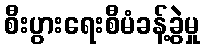
စီးပွားရေးစီမံခန့်ခွဲမှု